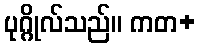
ပုဂ္ဂိုလ်သည်။ ကတ+